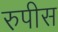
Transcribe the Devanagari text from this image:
रुपीस